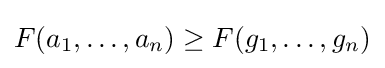
F(a_{1},\ldots ,a_{n})\geq F(g_{1},\ldots ,g_{n})